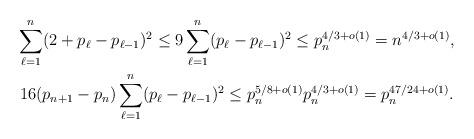
LaTeX: \begin{gather*}\sum_{\ell=1}^n (2+p_\ell-p_{\ell-1})^2\leq 9\sum_{\ell=1}^n (p_\ell-p_{\ell-1})^2\leq p_n^{4/3+o(1)}=n^{4/3+o(1)},\\16(p_{n+1}-p_n)\sum_{\ell=1}^n (p_\ell-p_{\ell-1})^2\leq p_n^{5/8+o(1)}p_n^{4/3+o(1)}=p_n^{47/24+o(1)}.\end{gather*}